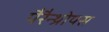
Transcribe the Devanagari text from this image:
पैरैन्थ्रोपस